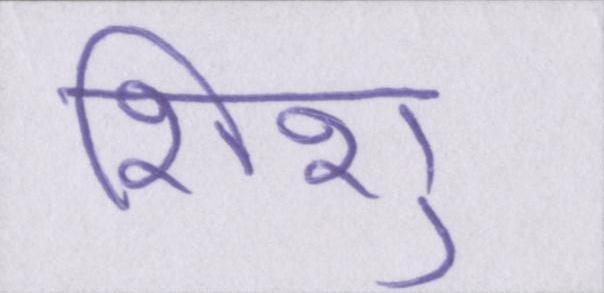
शिशु